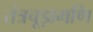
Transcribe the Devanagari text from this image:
तंत्रचूड़ामणि